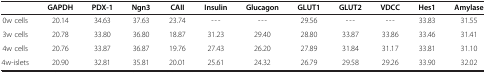
<table><thead><tr><td><b> </b></td><td><b>GAPDH</b></td><td><b>PDX-1</b></td><td><b>Ngn3</b></td><td><b>CAII</b></td><td><b>Insulin</b></td><td><b>Glucagon</b></td><td><b>GLUT1</b></td><td><b>GLUT2</b></td><td><b>VDCC</b></td><td><b>Hes1</b></td><td><b>Amylase</b></td></tr></thead><tbody><tr><td>0w cells</td><td>20.14</td><td>34.63</td><td>37.63</td><td>23.74</td><td>---</td><td>---</td><td>29.56</td><td>---</td><td>---</td><td>33.83</td><td>31.55</td></tr><tr><td>3w cells</td><td>20.78</td><td>33.80</td><td>36.80</td><td>18.87</td><td>31.23</td><td>29.40</td><td>28.80</td><td>33.87</td><td>33.86</td><td>33.46</td><td>31.41</td></tr><tr><td>4w cells</td><td>20.76</td><td>33.87</td><td>36.87</td><td>19.76</td><td>27.43</td><td>26.20</td><td>27.89</td><td>31.84</td><td>31.17</td><td>33.81</td><td>31.10</td></tr><tr><td>4w-islets</td><td>20.90</td><td>32.81</td><td>35.81</td><td>20.01</td><td>25.61</td><td>24.32</td><td>26.79</td><td>29.58</td><td>29.26</td><td>33.90</td><td>32.02</td></tr></tbody></table>